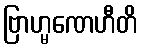
ဗြာဟ္မဏေဟီတိ